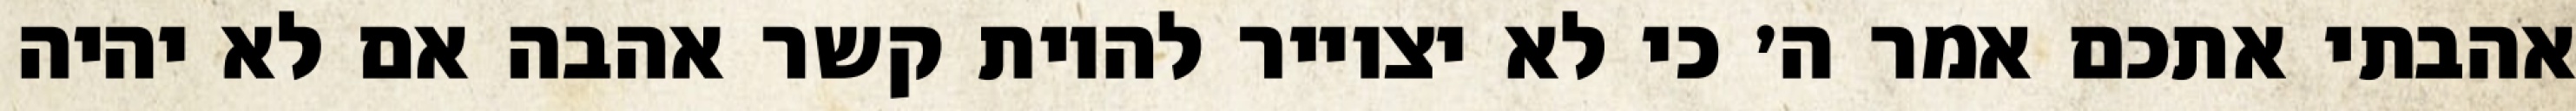
אהבתי אתכם אמר ה׳ כי לא יצוייר להיות קשר אהבה אם לא יהיה